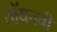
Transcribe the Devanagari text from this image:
तॉयनबी